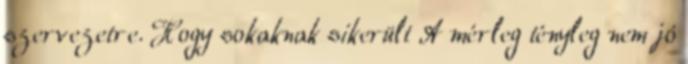
szervezetre. Hogy sokaknak sikerült A mérleg tényleg nem jó